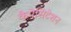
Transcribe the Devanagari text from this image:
कैपेसिटेशन